Report on sanitation, dispensaries, and jails in Rajputana for 1921, and on vaccination for the year 1921-1922 - 1921-1922
Year: 1921
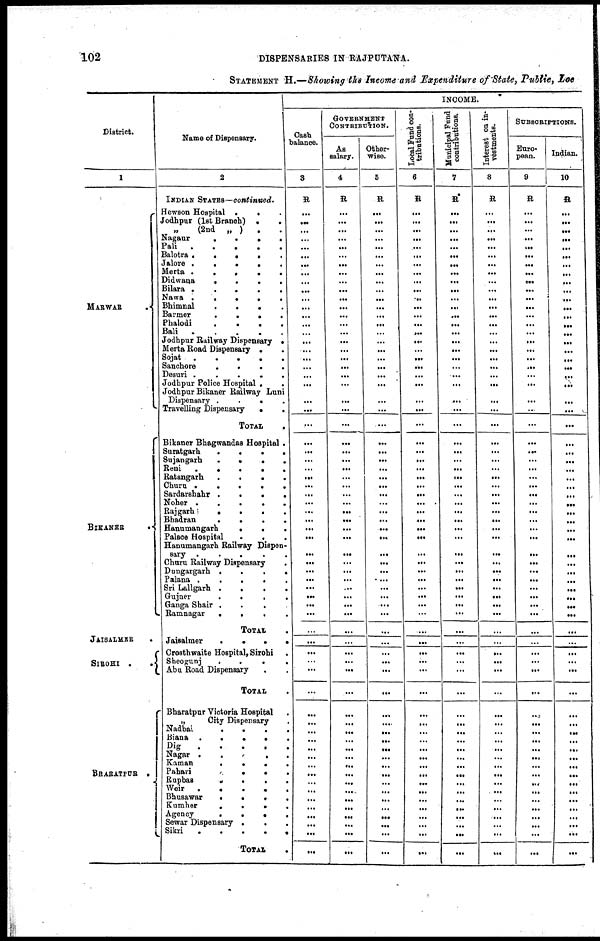
102
DISPENSARIES IN RAJPUTANA.
STATEMENT H.—Showing the Income and Expenditure of State, Public, Local
District.
1
MARWAR .
BIKANER
.
JAISALMER
.
SIROHI
..
BHARATPUR .
Name of Dispensary.
2
INDIAN STATES—continued.
Hewson Hospital
...
Jodhpur (1st Branch)
..
„ (2nd „ ) ..
Nagaur
....
Pali
Balotra
.....
Jalore .
.
.
.
.
Merta
Didwana .
.
.
.
.
Bilara .
.
.
.
.
Nawa
....
Bhimnal
.
.
.
.
Barmer
....
Phalodi
.
.
.
.
Bali
Jodhpur Railway Dispensary .
Merta Road Dispensary .
Sojat
Sanchore
.
.
.
.
Desuri .
.
.
.
.
Jodhpur Police Hospital . .
Jodhpur Bikaner Railway Luni
Dispensary .
.
.
.
Travelling Dispensary
..
TOTAL
.
Bikaner Bhagwandas Hospital .
Suratgarb
.
.
.
.
Sujangarh
....
Reni
....
Ratangarh
....
Churu .
.
.
.
.
Sardarshahr .
.
.
.
Noher .
.
.
.
.
Rajgarhi
....
Bhadran
.
.
.
.
Hanumangarh
...
Palace Hospital
....
Hanumangarh Railway Dispen-
sary .
.
.
.
.
Churu Railway Dispensary
.
Dongargarh
....
Palana
Sri Lallgarh
....
Gujner
....
Ganga Shair .
.
.
.
Ramnagar
....
TOTAL .
Jaisalmer
....
Crosthwaite Hospital, Sirohi .
Sheogunj
....
Abu Road Dispensary ..
TOTAL
.
Bharatpur Victoria Hospital.
„
City Dispensary .
Nadbai
....
Biana
....
Dig
.
.
.
.
Nagar
....
Kaman
....
Pahari
....
Rupbas
....
Weir
Bhusawar
....
Kumher
....
Agency
....
Sewar Dispensary
...
Sikri
....
TOTAL .
INCOME.
Cash
balance.
3
R
...
...
...
...
...
...
...
...
...
...
...
...
...
...
...
...
...
... ...
...
...
...
...
...
...
...
...
...
...
...
...
...
...
...
...
...
...
...
...
...
...
...
...
...
...
...
...
...
...
...
...
...
...
...
...
...
...
...
...
...
...
...
...
...
...
...
GOVERNMENT
CONTRIBUTION.
As
salary.
4
R
...
...
...
...
...
...
...
...
...
...
...
...
...
...
...
...
...
...
...
...
...
...
...
...
...
...
...
...
...
...
...
...
...
...
...
...
...
...
...
...
...
...
...
...
...
...
...
...
...
...
...
...
...
...
...
...
...
...
...
...
...
...
...
...
...
...
Other-
wise.
5
R
...
...
...
...
...
...
...
...
...
...
...
...
...
...
...
...
...
... ...
...
...
...
...
...
...
...
...
...
...
...
...
...
...
...
...
...
...
...
...
...
...
...
...
...
...
...
...
...
...
...
...
...
...
...
...
...
...
...
...
...
...
...
...
...
...
...
Local Fund con-
tributions.
6
R
...
...
...
...
...
...
...
...
...
...
...
...
...
...
...
...
...
...
...
...
...
...
...
...
...
...
...
...
...
...
...
...
...
...
...
...
...
...
...
...
...
...
...
...
...
...
...
...
...
...
...
...
...
...
...
...
...
...
...
...
...
...
...
...
...
...
Municipal Fund
contributions.
7
R
...
...
...
...
...
...
...
...
...
...
...
...
...
...
...
...
...
... ...
...
...
...
...
...
...
...
...
...
...
...
...
...
...
...
...
...
...
...
...
...
...
...
...
...
...
...
...
...
...
...
...
...
...
...
...
...
...
...
...
...
...
...
...
...
...
...
Interest on in-
vestments.
8
R
...
...
...
...
...
...
...
...
...
...
...
...
...
...
...
...
...
... ...
...
...
...
...
...
...
...
...
...
...
...
...
...
...
...
...
...
...
...
...
...
...
...
...
...
...
...
...
...
...
...
...
...
...
...
...
...
...
...
...
...
...
...
...
...
...
...
SUBSCRIPTIONS.
Euro-
pean.
9
R
...
...
...
...
...
...
...
...
...
...
...
...
...
...
...
...
... ...
...
...
...
...
...
...
...
...
...
...
...
...
...
...
...
...
...
...
...
...
...
...
...
...
...
...
...
...
...
...
...
...
...
...
...
...
...
...
...
...
...
...
...
...
...
...
...
...
Indian.
10
R
...
...
...
...
...
...
...
...
...
...
...
...
...
...
...
...
...
... ...
...
...
...
...
...
...
...
...
...
...
...
...
...
...
...
...
...
...
...
...
...
...
...
...
...
...
...
...
...
...
...
...
...
...
...
...
...
...
...
...
...
...
...
...
...
...
...